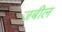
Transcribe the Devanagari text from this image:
जबील